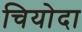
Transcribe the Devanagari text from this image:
चियोदा